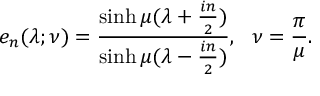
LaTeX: e _ { n } ( \lambda ; \nu ) = \frac { \sinh \mu ( \lambda + { \frac { i n } { 2 } } ) } { \sinh \mu ( \lambda - { \frac { i n } { 2 } } ) } , ~ ~ \nu = { \frac { \pi } { \mu } } . \nonumber